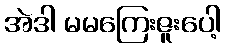
အဲဒါ မမကြေးဇူးပေါ့